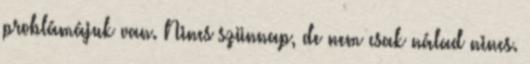
problámájuk van. Nincs szünnap, de nem csak nálad nincs.